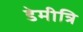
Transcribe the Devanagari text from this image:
डेमीत्रि